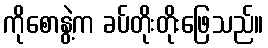
ကိုစောနွဲ့က ခပ်တိုးတိုးဖြေသည်။